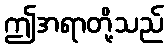
ဤအရာတို့သည်